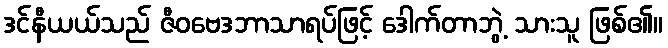
ဒင်နီယယ်သည် ဇီဝဗေဒဘာသာရပ်ဖြင့် ဒေါက်တာဘွဲ့ သားသူ ဖြစ်၏။